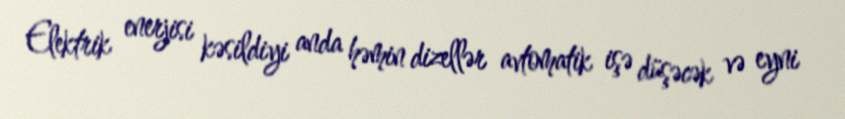
Elektrik enerjisi kəsildiyi anda həmin dizellər avtomatik işə düşəcək və eyni